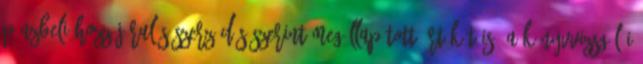
pénzbeli hozzájárulás szerződés szerint megállapított értékét is. A könyvvizsgálói